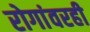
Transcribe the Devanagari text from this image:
रोगांवरही